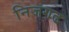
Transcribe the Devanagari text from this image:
निजगढ